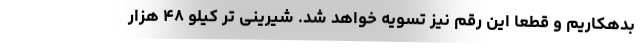
بدهکاریم و قطعا این رقم نیز تسویه خواهد شد. شیرینی تر کیلو ۴۸ هزار